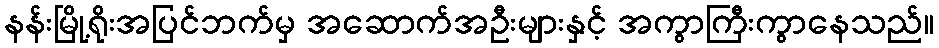
နန်းမြို့ရိုးအပြင်ဘက်မှ အဆောက်အဦးများနှင့် အကွာကြီးကွာနေသည်။